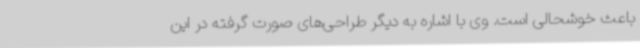
باعث خوشحالی است. وی با اشاره به دیگر طراحی‌های صورت گرفته در این